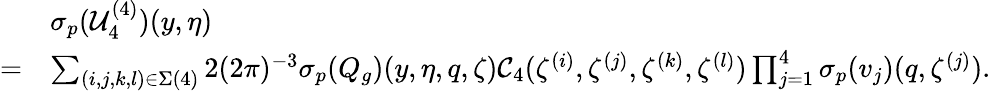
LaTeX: \begin{array}{rl}&{{{\sigma_{p}}}(\mathcal{U}_{4}^{(4)})(y,\eta)}\\ {=}&{\sum_{(i,j,k,l)\in\Sigma(4)}2(2\pi)^{-3}{{\sigma_{p}}}(Q_{g})(y,\eta,q,\zeta)\mathcal{C}_{4}(\zeta^{(i)},\zeta^{(j)},\zeta^{(k)},\zeta^{(l)})\prod_{j=1}^{4}{{\sigma_{p}}}(v_{j})(q,\zeta^{(j)}).}\end{array}